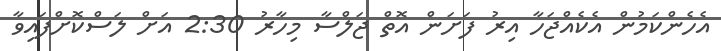
އެހެންކަމުން އެކެއްޖަހާ އިރު ފަށަން އޮތް ޖަލްސާ މިހާރު 2:30 އަށް ލަސްކޮށްފައިވާ